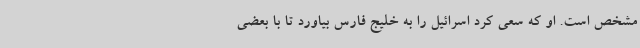
مشخص است. او که سعی کرد اسرائیل را به خلیج فارس بیاورد تا با بعضی